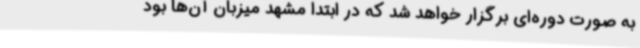
به صورت دوره‌ای برگزار خواهد شد که در ابتدا مشهد میزبان آن‌ها بود